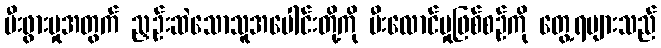
မီးဖွားမှုအတွက် ညှဉ်းဆဲသောသူအပေါင်းတို့ကို မီးလောင်မှုဖြစ်စဉ်ကို တွေ့ရများသည်